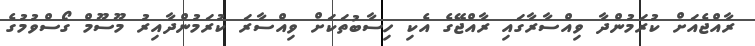
ރާއްޖެއަށް ކުރަމުންދާ ވިއްސާރާގައި ރާއްޖޭގެ އެކި ހިސާބުތަކަށް ވިއްސާރަ ކުރަމުންދާއިރު މޫސޫމް ގޯސްވުމުގެ